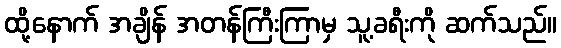
ထို့နောက် အချိန် အတန်ကြီးကြာမှ သူ့ခရီးကို ဆက်သည်။